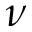
\nu